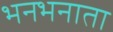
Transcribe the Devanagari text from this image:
भनभनाता